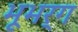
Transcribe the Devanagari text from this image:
भूभर्ग